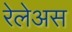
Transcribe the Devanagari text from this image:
रेलेअस